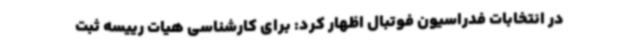
در انتخابات فدراسیون فوتبال اظهار کرد: برای کارشناسی هیات رییسه ثبت